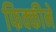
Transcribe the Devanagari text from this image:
फिक्कीने